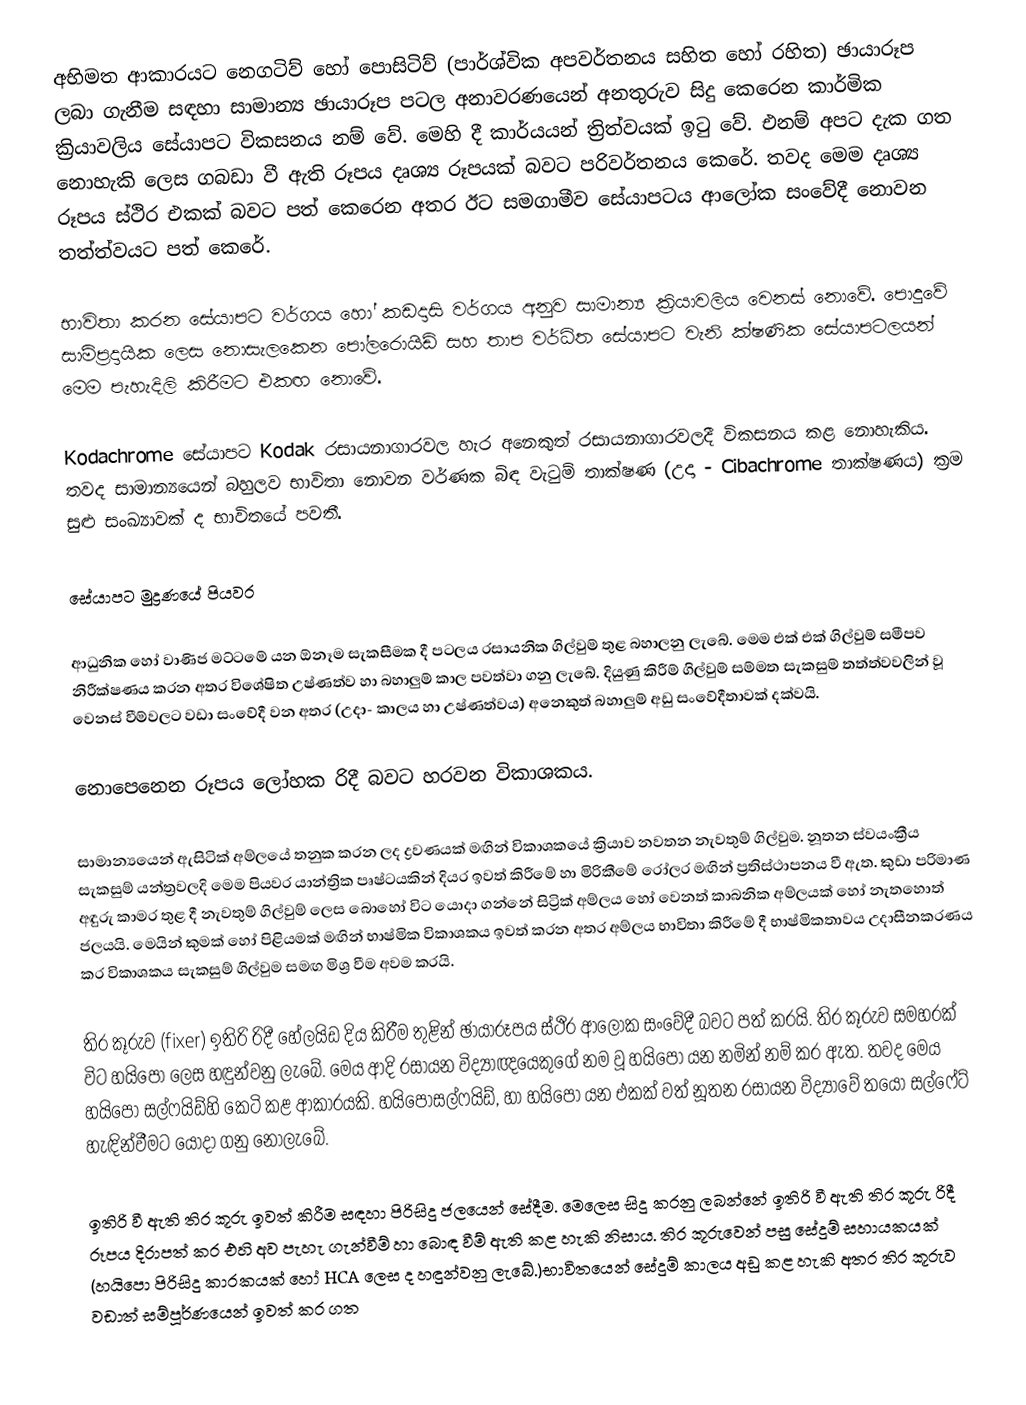
අභිමත ආකාරයට නෙගටිව් හෝ පොසිටිව් (පාර්ශ්වික අපවර්තනය සහිත හෝ රහිත) ඡායාරූප ලබා ගැනීම සඳහා සාමාන්‍ය ඡායාරූප පටල අනාවරණයෙන් අනතුරුව සිදු කෙරෙන කාර්මික ක්‍රියාවලිය සේයාපට විකසනය නම් වේ. මෙහි දී කාර්යයන් ත්‍රිත්වයක් ඉටු වේ. එනම් අපට දැක ගත නොහැකි ලෙස ගබඩා වී ඇති රූපය දෘශ්‍ය රූපයක් බවට පරිවර්තනය කෙරේ. තවද මෙම දෘශ්‍ය රූපය ස්ථිර එකක් බවට පත් කෙරෙන අතර ඊට සමගාමීව සේයාපටය ආලෝක සංවේදී නොවන තත්ත්වයට පත් කෙරේ.

භාවිතා කරන සේයාපට වර්ගය හෝ කඩදාසි වර්ගය අනුව සාමාන්‍ය ක්‍රියාවලිය වෙනස් නොවේ. පොදුවේ සාම්ප්‍රදායික ලෙස නොසැලකෙන පෝලරොයිඩ් සහ තාප වර්ධිත සේයාපට වැනි ක්ෂණික සේයාපටලයන් මෙම පැහැදිලි කිරීමට එකඟ නොවේ.

Kodachrome සේයාපට Kodak රසායනාගාරවල හැර අනෙකුත් රසායනාගාරවලදී විකසනය කළ නොහැකිය. තවද සාමාන්‍යයෙන් බහුලව භාවිතා නොවන වර්ණක බිඳ වැටුම් තාක්ෂණ (උදා - Cibachrome තාක්ෂණය) ක්‍රම සුළු සංඛ්‍යාවක් ද භාවිතයේ පවතී.

සේයාපට මුද්‍රණයේ පියවර

ආධුනික හෝ වාණිජ මට්ටමේ යන ඕනෑම සැකසීමක දී පටලය රසායනික ගිල්වුම් තුළ බහාලනු ලැබේ. මෙම එක් එක් ගිල්වුම් සමීපව නිරීක්ෂණය කරන අතර විශේෂිත උෂ්ණත්ව හා බහාලුම් කාල පවත්වා ගනු ලැබේ. දියුණු කිරීම් ගිල්වුම් සම්මත සැකසුම් තත්ත්වවලින් වූ වෙනස් වීම්වලට වඩා සංවේදී වන අතර (උදා- කාලය හා උෂ්ණත්වය) අනෙකුත් බහාලුම් අඩු සංවේදීතාවක් දක්වයි.

නොපෙනෙන රූපය ලෝහක රිදී බවට හරවන විකාශකය.

 සාමාන්‍යයෙන් ඇසිටික් අම්ලයේ තනුක කරන ලද ද්‍රවණයක් මඟින් විකාශකයේ ක්‍රියාව නවතන නැවතුම් ගිල්වුම. නූතන ස්වයංක්‍රීය සැකසුම් යන්ත්‍රවලදි මෙම පියවර යාන්ත්‍රික පෘෂ්ටයකින් දියර ඉවත් කිරීමේ හා මිරිකීමේ රෝලර මඟින් ප්‍රතිස්ථාපනය වී ඇත. කුඩා පරිමාණ අඳුරු කාමර තුළ දී නැවතුම් ගිල්වුම් ලෙස බොහෝ විට යොදා ගන්නේ සිට්‍රික් අම්ලය හෝ වෙනත් කාබනික අම්ලයක් හෝ නැතහොත් ජලයයි. මෙයින් කුමක් හෝ පිළියමක් මඟින් භාෂ්මික විකාශකය ඉවත් කරන අතර අම්ලය භාවිතා කිරීමේ දී භාෂ්මිකතාවය උදාසීනකරණය කර විකාශකය සැකසුම් ගිල්වුම සමඟ මිශ්‍ර වීම අවම කරයි.

 තිර කූරුව (fixer) ඉතිරි රිදී හේලයිඩ දිය කිරීම තුළින් ඡායාරූපය ස්ථිර ආලෝක සංවේදී බවට පත් කරයි. තිර කූරුව සමහරක් විට හයිපො ලෙස හඳුන්වනු ලැබේ. මෙය ආදි රසායන විද්‍යාඥයෙකුගේ නම වූ හයිපො යන නමින් නම් කර ඇත. තවද මෙය හයිපො සල්ෆයිඩ්හි කෙටි කළ ආකාරයකි. හයිපොසල්ෆයිඩ්, හා හයිපො යන එකක් වත් නූතන රසායන විද්‍යාවේ තයෝ සල්ෆේට් හැඳින්වීමට යොදා ගනු නොලැබේ.

ඉතිරි වී ඇති තිර කූරු ඉවත් කිරීම සඳහා පිරිසිදු ජලයෙන් සේදීම. මෙලෙස සිදු කරනු ලබන්නේ ඉතිරි වී ඇති තිර කූරු රිදී රූපය දිරාපත් කර එහි අව පැහැ ගැන්වීම් හා බොඳ වීම් ඇති කළ හැකි නිසාය. තිර කූරුවෙන් පසු සේදුම් සහායකයක් (හයිපො පිරිසිදු කාරකයක් හෝ HCA ලෙස ද හඳුන්වනු ලැබේ.)භාවිතයෙන් සේදුම් කාලය අඩු කළ හැකි අතර තිර කූරුව වඩාත් සම්පූර්ණයෙන් ඉවත් කර ගත